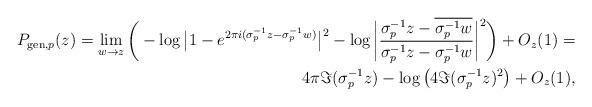
LaTeX: \begin{align*}P_{\mathrm{gen},p}(z)=\lim_{w\rightarrow z}\bigg(-\log\big{|}1-e^{2\pi i(\sigma_{p}^{-1}z-\sigma_{p}^{-1}w)}\big{|}^{2}- \log\bigg{|}\frac{\sigma_{p}^{-1}{z}-\overline{\sigma_{p}^{-1}w}}{\sigma_{p}^{-1}{z}-\sigma_{p}^{-1}w}\bigg{|}^{2}\bigg)+ O_{z}(1)=\\4\pi\Im(\sigma_{p}^{-1}z)-\log\big(4\Im(\sigma_{p}^{-1}z)^2\big) + O_{z}(1),\end{align*}